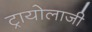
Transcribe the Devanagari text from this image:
ट्रायोलाजी